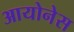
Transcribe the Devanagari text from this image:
आयोनेस